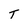
Character: T